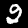
Label: 2